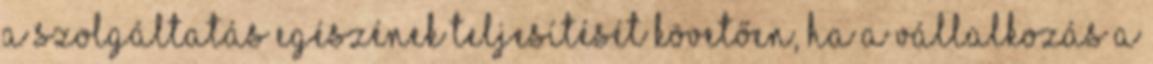
a szolgáltatás egészének teljesítését követően, ha a vállalkozás a